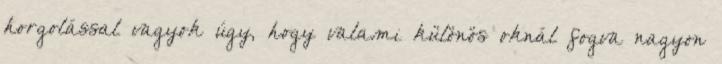
horgolással vagyok úgy, hogy valami különös oknál fogva nagyon